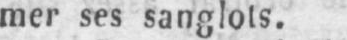
mer ses sanglots.